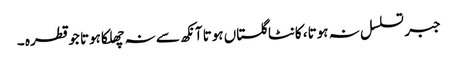
جبر تسلسل نہ ہوتا، کانٹا گلستاں ہوتا آنکھ سے نہ چھلکا ہوتا جو قطرہ ۔